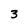
Character: 3